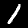
Digit: 1